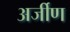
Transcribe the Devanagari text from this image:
अर्जीण